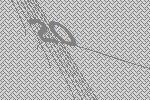
20